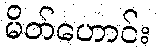
မိတ်ဟောင်း